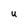
Character: u